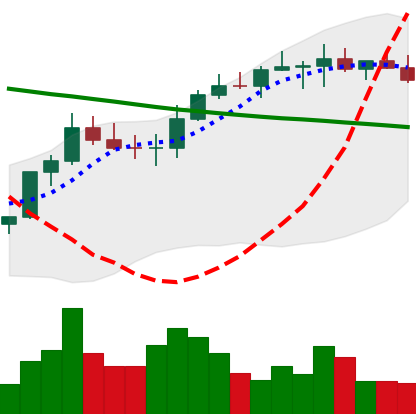
Ticker: BNB-USD
Chart end date: 2022-08-14
Forward return: -12.034%
Label: down_7plus